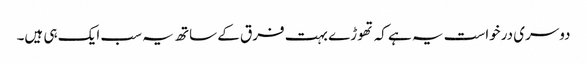
دوسری درخواست یہ ہے کہ تھوڑے بہت فرق کے ساتھ یہ سب ایک ہی ہیں۔